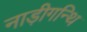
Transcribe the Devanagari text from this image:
नाड़ीगन्थि